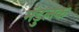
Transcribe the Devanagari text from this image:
मंडुलक